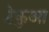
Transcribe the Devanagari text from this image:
टेकुआ